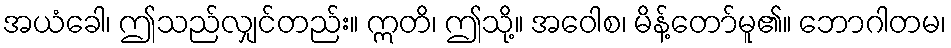
အယံခေါ၊ ဤသည်လျှင်တည်း။ ဣတိ၊ ဤသို့။ အဝေါစ၊ မိန့်တော်မူ၏။ ဘောဂါတမ၊